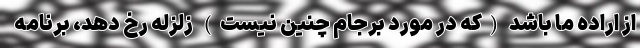
از اراده ما باشد (که در مورد برجام چنین نیست) زلزله رخ دهد، برنامه